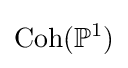
\mathrm {Coh} (\mathbb {P} ^{1})